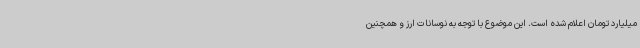
میلیارد تومان اعلام شده است. این موضوع با توجه به نوسانات ارز و همچنین